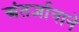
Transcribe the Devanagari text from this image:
अंतर्ज्ञानाने